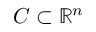
C \subset \mathbb { R } ^ { n }